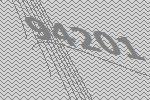
94201